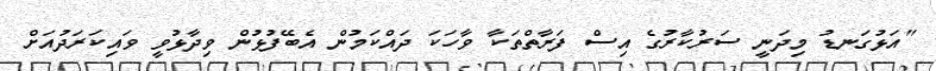
"އަޅުގަނޑު މިދަނީ ސަރުކާރުގެ އިސް ފަރާތްތަކާ ވާހަކަ ދައްކަމުން އެބޭފުޅުން ވިދާޅުވީ ވައިކަރަދުއަށް